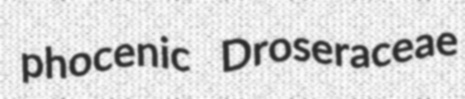
phocenic Droseraceae